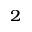
^ 2